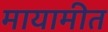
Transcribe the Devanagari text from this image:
मायामीत